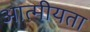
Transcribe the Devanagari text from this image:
आत्‍मीयता